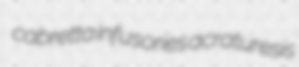
cabretta infusories acraturesis